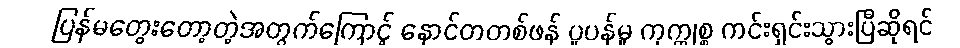
ပြန်မတွေးတော့တဲ့အတွက်ကြောင့် နောင်တတစ်ဖန် ပူပန်မှု ကုက္ကုစ္စ ကင်းရှင်းသွားပြီဆိုရင်